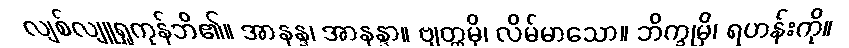
လျစ်လျူရှုကုန်ဘိ၏။ အာနန္ဒ၊ အာနန္ဒာ။ ဗျတ္တမှိ၊ လိမ်မာသော။ ဘိက္ခုမှိ၊ ရဟန်းကို။